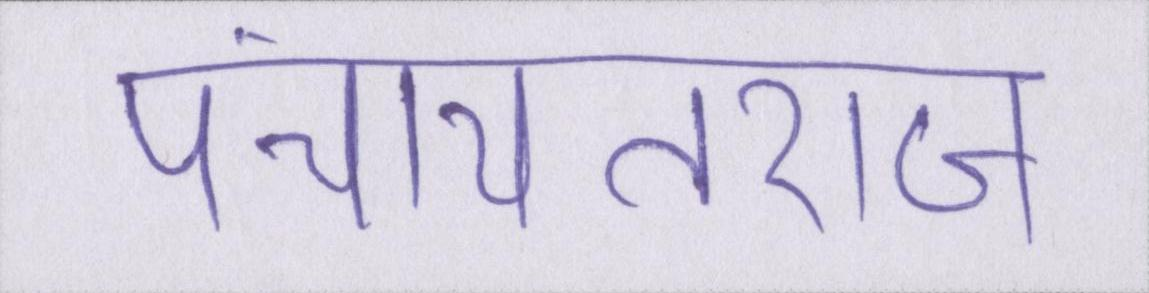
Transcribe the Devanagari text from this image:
पंचायतराज